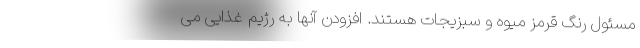
مسئول رنگ قرمز میوه و سبزیجات هستند. افزودن آنها به رژیم غذایی می